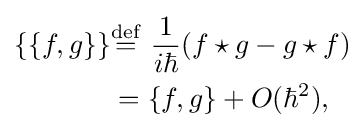
{\begin{aligned}\{\{f,g\}\}&{\stackrel {\mathrm {def} }{=}}\ {\frac {1}{i\hbar }}(f\star g-g\star f)\\&=\{f,g\}+O(\hbar ^{2}),\\\end{aligned}}